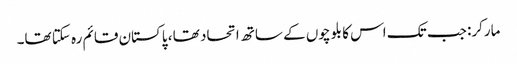
مارکر: جب تک اس کا بلوچوں کے ساتھ اتحاد تھا ، پاکستان قائم رہ سکتا تھا۔